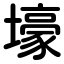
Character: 壕